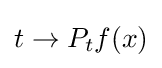
t\rightarrow P_{t}f(x)